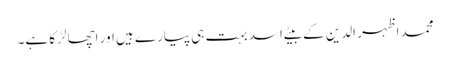
محمد اظہر الدین کے بیٹے اسد بہت ہی پیارے ہیں اور اچھا لڑکا ہے۔